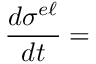
\frac { d \sigma ^ { e \ell } } { d t } =